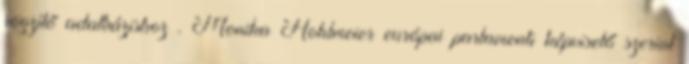
rögzítő adatbázishoz . Monika Hohlmeier európai parlamenti képviselő szerint